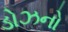
ડોઝનો